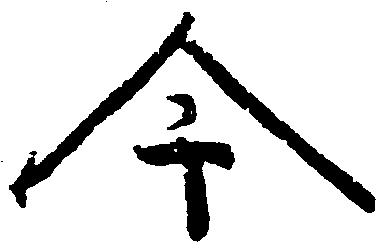
今